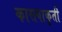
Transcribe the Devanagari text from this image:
कासवाकृती